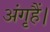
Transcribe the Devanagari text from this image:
अंगृहैं।